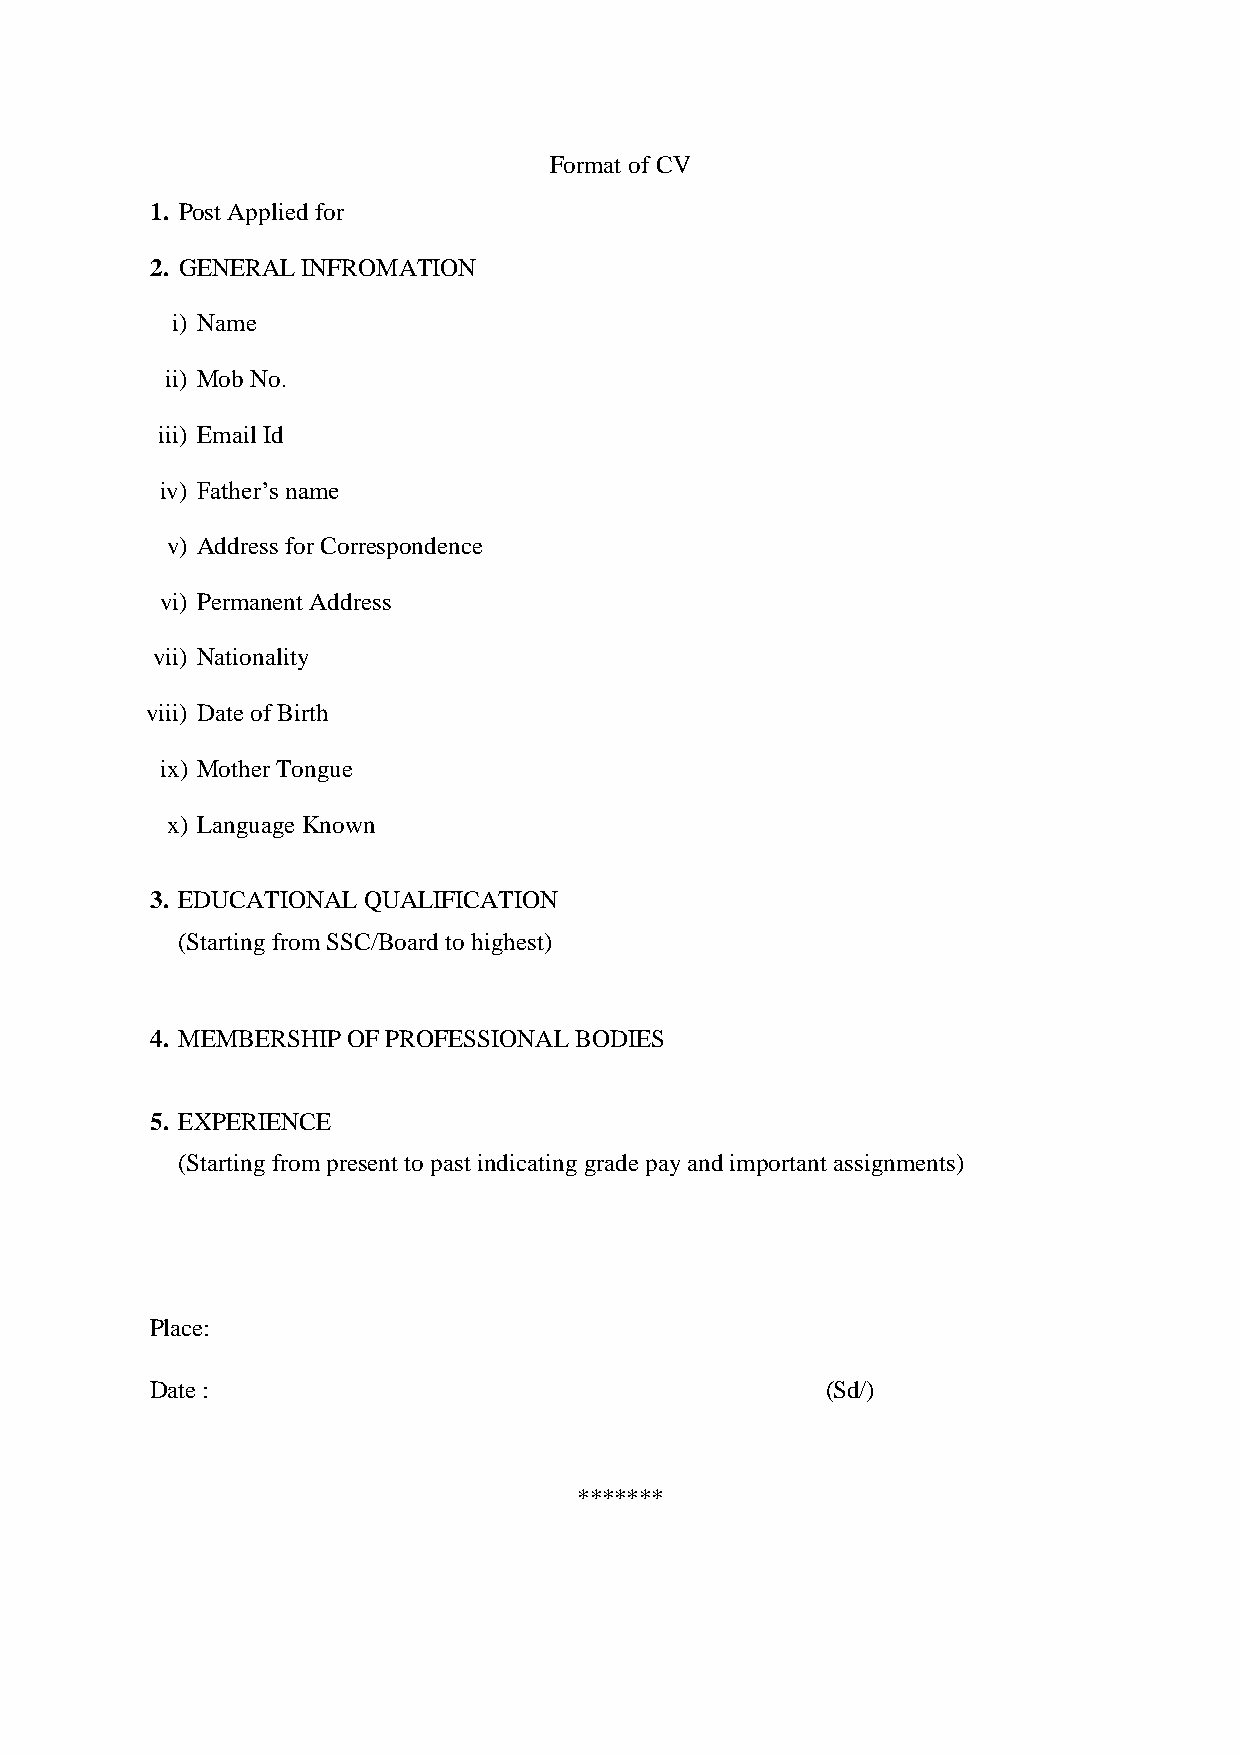
Format of CV
 1. Post Applied for
 2. GENERAL INFROMATION
 i) Name
 ii) Mob No.
 iii) Email Id
 iv) Father’s name
 v) Address for Correspondence
 vi) Permanent Address
 vii) Nationality
 viii) Date of Birth
 ix) Mother Tongue
 x) Language Known
 3. EDUCATIONAL QUALIFICATION
 (Starting from SSC/Board to highest)
 4. MEMBERSHIP OF PROFESSIONAL BODIES
 5. EXPERIENCE
 (Starting from present to past indicating grade pay and important assignments)
 Place:
 Date :                                       (Sd/)
 *******